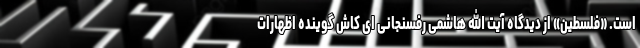
است. «فلسطین» از دیدگاه آیت الله هاشمی رفسنجانی ای کاش گوینده اظهارات